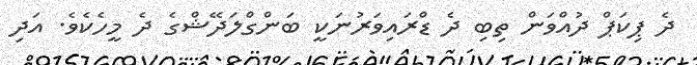
ދެ ޕިކަޕް ދުއްވަން ތިބި ދެ ޑްރައިވަރުނަކީ ބަންގްލަދޭޝްގެ ދެ މީހެކެވެ. އަދި